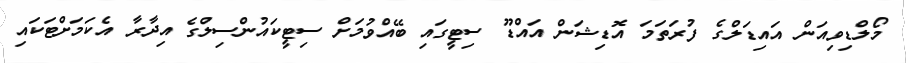
މޯލްޑިވިއަން އައިޑަލްގެ ފުރަތަމަ އޮޑިޝަން އައްޑޫ ސިޓީގައި ބޭއްވުމަށް ސިޓީކައުންސިލްގެ އިދާރާ އެކަމަށްޓަކައި